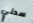
سدني